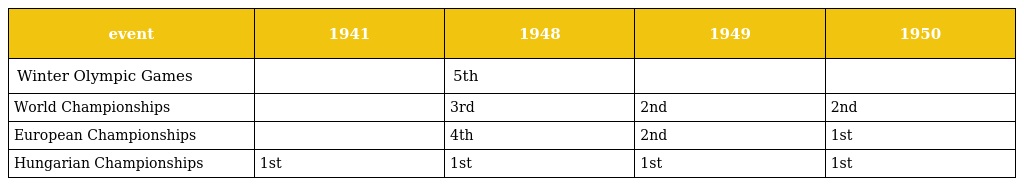
| event | 1941 | 1948 | 1949 | 1950 |
 | --- | --- | --- | --- | --- |
 | Winter Olympic Games |  | 5th |  |  |
 | World Championships |  | 3rd | 2nd | 2nd |
 | European Championships |  | 4th | 2nd | 1st |
 | Hungarian Championships | 1st | 1st | 1st | 1st |